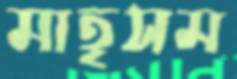
মাতৃসম